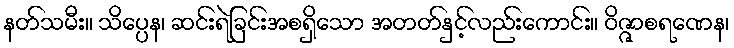
နတ်သမီး။ သိပ္ပေန၊ ဆင်းရဲခြင်းအစရှိသော အတတ်နှင့်လည်းကောင်း။ ဝိဇ္ဇာစရဏေန၊